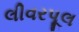
લીવરપૂલ